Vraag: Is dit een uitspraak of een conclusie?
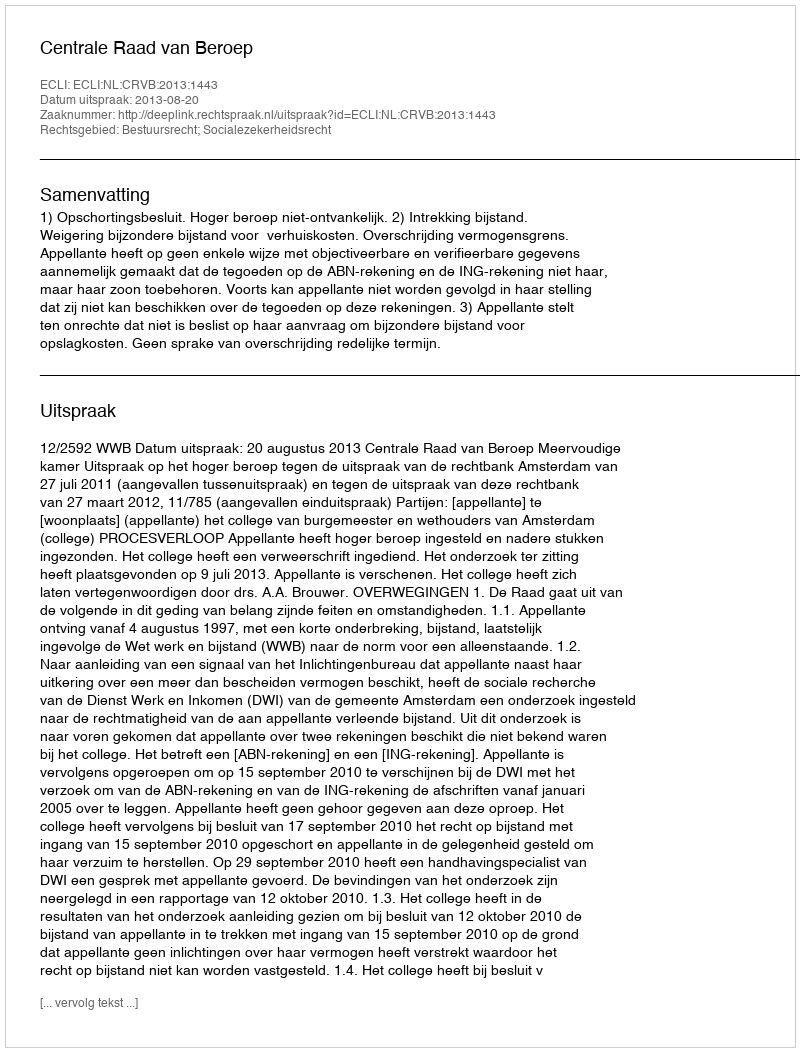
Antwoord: Uitspraak